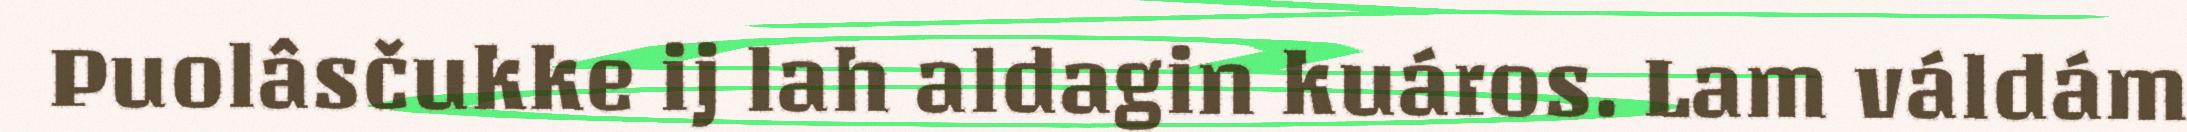
Puolâsčukke ij lah aldagin kuáros. Lam váldám